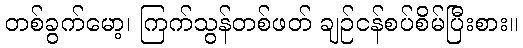
တစ်ခွက်မော့၊ ကြက်သွန်တစ်ဖတ် ချဉ်ငန်စပ်စိမ်ပြီးစား။